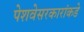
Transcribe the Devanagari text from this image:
पेशवेसरकारांकडे